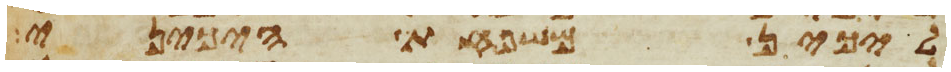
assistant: ליכין משפחת היכיני